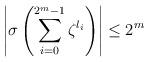
LaTeX: \begin{align*}\left|\sigma\left(\sum_{i=0}^{2^m-1}\zeta^{l_i}\right)\right|\leq2^m\end{align*}